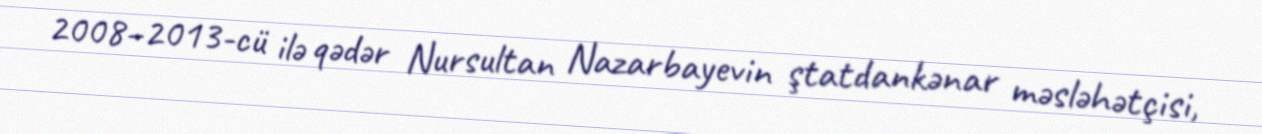
2008–2013-cü ilə qədər Nursultan Nazarbayevin ştatdankənar məsləhətçisi,